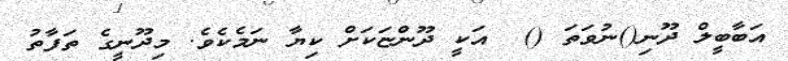
އަބާބީލް ދޫނި()ނުވަތަ ()  އަކީ ދޫންޏަކަށް ކިޔާ ނަމެކެވެ. މިދޫނީގެ ތަފާތު